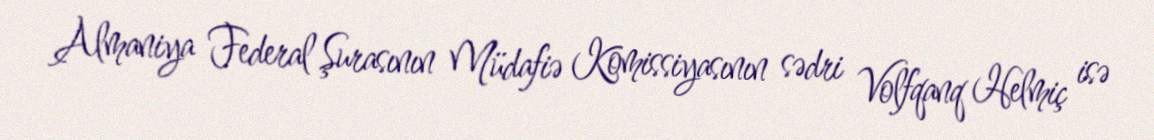
Almaniya Federal Şurasının Müdafiə Komissiyasının sədri Volfqanq Helmiç isə